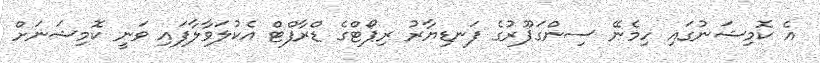
އެ ކޮމިޝަނުގައި ހިމެނޭ ސިންގަޕޫރުގެ ފަނޑިޔާރު ރިޕޯޓްގެ ޑްރާފްޓް އެކުލަވާލާފައި ވަނީ ކޮމިޝަނަށް